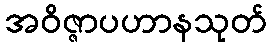
အဝိဇ္ဇာပဟာနသုတ်